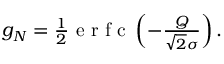
\begin{array} { r } { g _ { N } = \frac { 1 } { 2 } \mathrm { ~ e ~ r ~ f ~ c ~ } \left( - \frac { Q } { \sqrt { 2 } \sigma } \right) . } \end{array}